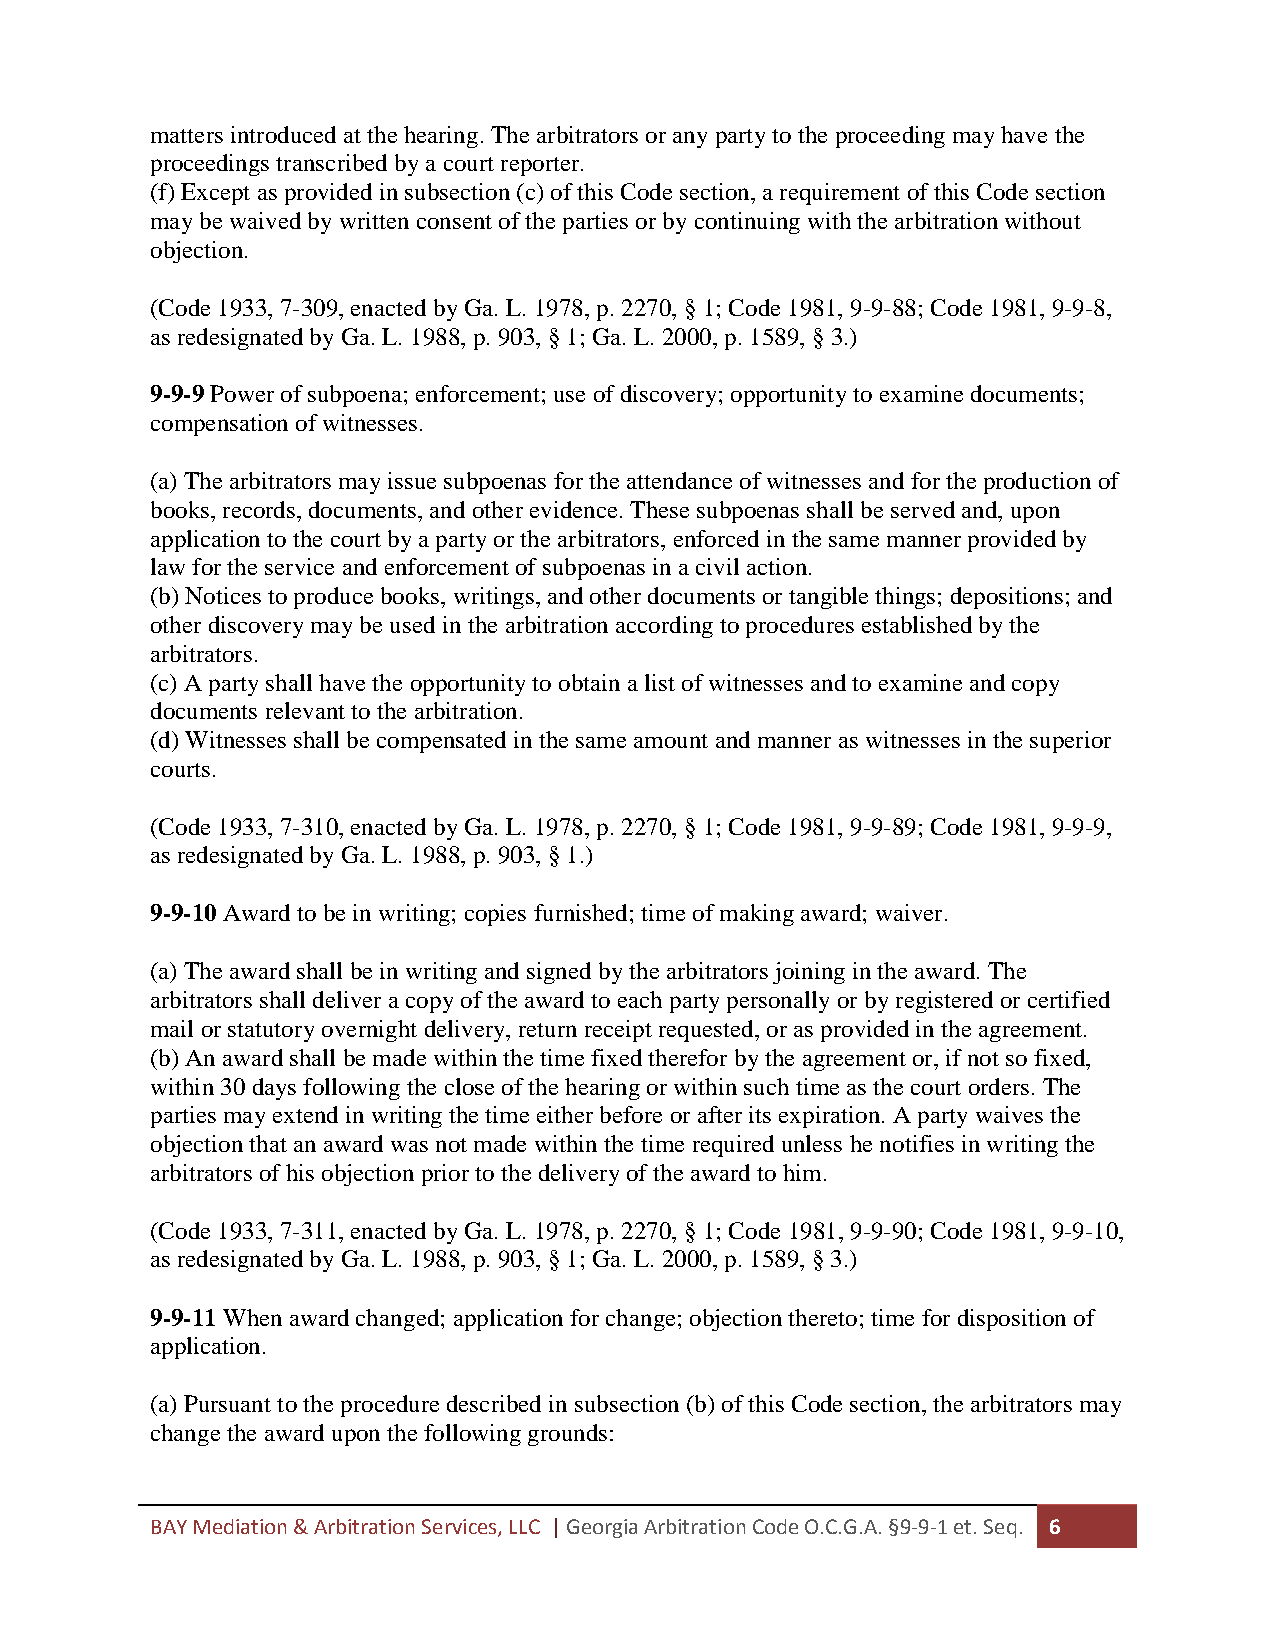
matters introduced at the hearing. The arbitrators or any party to the proceeding may have the
 proceedings transcribed by a court reporter.
 (f) Except as provided in subsection (c) of this Code section, a requirement of this Code section
 may be waived by written consent of the parties or by continuing with the arbitration without
 objection.
 (Code 1933, 7-309, enacted by Ga. L. 1978, p. 2270, § 1; Code 1981, 9-9-88; Code 1981, 9-9-8,
 as redesignated by Ga. L. 1988, p. 903, § 1; Ga. L. 2000, p. 1589, § 3.)
 9-9-9 Power of subpoena; enforcement; use of discovery; opportunity to examine documents;
 compensation of witnesses.
 (a) The arbitrators may issue subpoenas for the attendance of witnesses and for the production of
 books, records, documents, and other evidence. These subpoenas shall be served and, upon
 application to the court by a party or the arbitrators, enforced in the same manner provided by
 law for the service and enforcement of subpoenas in a civil action.
 (b) Notices to produce books, writings, and other documents or tangible things; depositions; and
 other discovery may be used in the arbitration according to procedures established by the
 arbitrators.
 (c) A party shall have the opportunity to obtain a list of witnesses and to examine and copy
 documents relevant to the arbitration.
 (d) Witnesses shall be compensated in the same amount and manner as witnesses in the superior
 courts.
 (Code 1933, 7-310, enacted by Ga. L. 1978, p. 2270, § 1; Code 1981, 9-9-89; Code 1981, 9-9-9,
 as redesignated by Ga. L. 1988, p. 903, § 1.)
 9-9-10 Award to be in writing; copies furnished; time of making award; waiver.
 (a) The award shall be in writing and signed by the arbitrators joining in the award. The
 arbitrators shall deliver a copy of the award to each party personally or by registered or certified
 mail or statutory overnight delivery, return receipt requested, or as provided in the agreement.
 (b) An award shall be made within the time fixed therefor by the agreement or, if not so fixed,
 within 30 days following the close of the hearing or within such time as the court orders. The
 parties may extend in writing the time either before or after its expiration. A party waives the
 objection that an award was not made within the time required unless he notifies in writing the
 arbitrators of his objection prior to the delivery of the award to him.
 (Code 1933, 7-311, enacted by Ga. L. 1978, p. 2270, § 1; Code 1981, 9-9-90; Code 1981, 9-9-10,
 as redesignated by Ga. L. 1988, p. 903, § 1; Ga. L. 2000, p. 1589, § 3.)
 9-9-11 When award changed; application for change; objection thereto; time for disposition of
 application.
 (a) Pursuant to the procedure described in subsection (b) of this Code section, the arbitrators may
 change the award upon the following grounds:
 BAY Mediation & Arbitration Services, LLC | Georgia Arbitration Code O.C.G.A. §9-9-1 et. Seq. 6